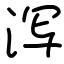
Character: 泻